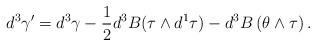
LaTeX: \begin{align*}d^3\gamma'=d^3\gamma -\frac{1}{2}d^3B(\tau\wedge d^1\tau )-d^3B\left(\theta\wedge \tau \right).\end{align*}